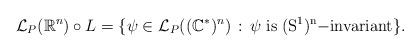
LaTeX: \begin{align*}\mathcal{L}_P(\mathbb{R}^n)\circ L=\{\psi\in \mathcal{L}_P((\mathbb{C}^*)^n)\,:\, \psi\; \rm{is}\; (S^1)^n {- \rm invariant}\}.\end{align*}